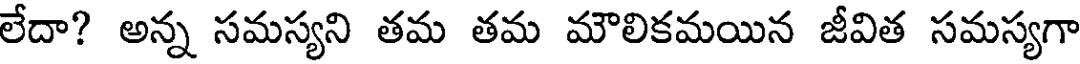
లేదా? అన్న సమస్యని తమ తమ మౌలికమయిన జీవిత సమస్యగా